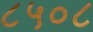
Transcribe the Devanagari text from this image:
८५०८